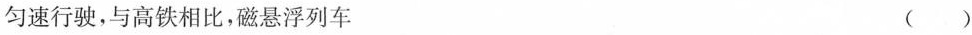
匀速行驶，与高铁相比，磁悬浮列车 ()